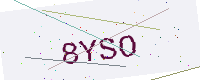
Text: 8YSO